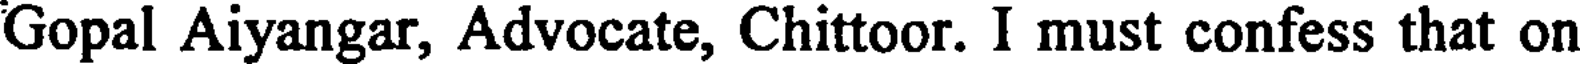
Gopal Aiyangar, Advocate, Chittoor. I must confess that on